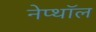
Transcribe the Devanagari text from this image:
नेप्थॉल